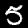
Digit: 5